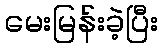
မေးမြန်းခဲ့ပြီး